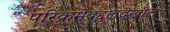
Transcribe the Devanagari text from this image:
परिक्रमेबद्दलदेखील